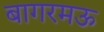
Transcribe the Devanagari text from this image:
बागरमऊ